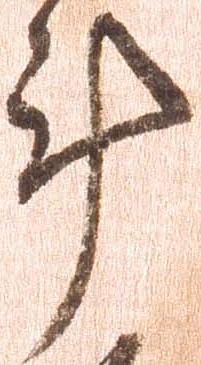
計